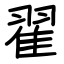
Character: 翟